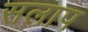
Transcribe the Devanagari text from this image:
सलाप